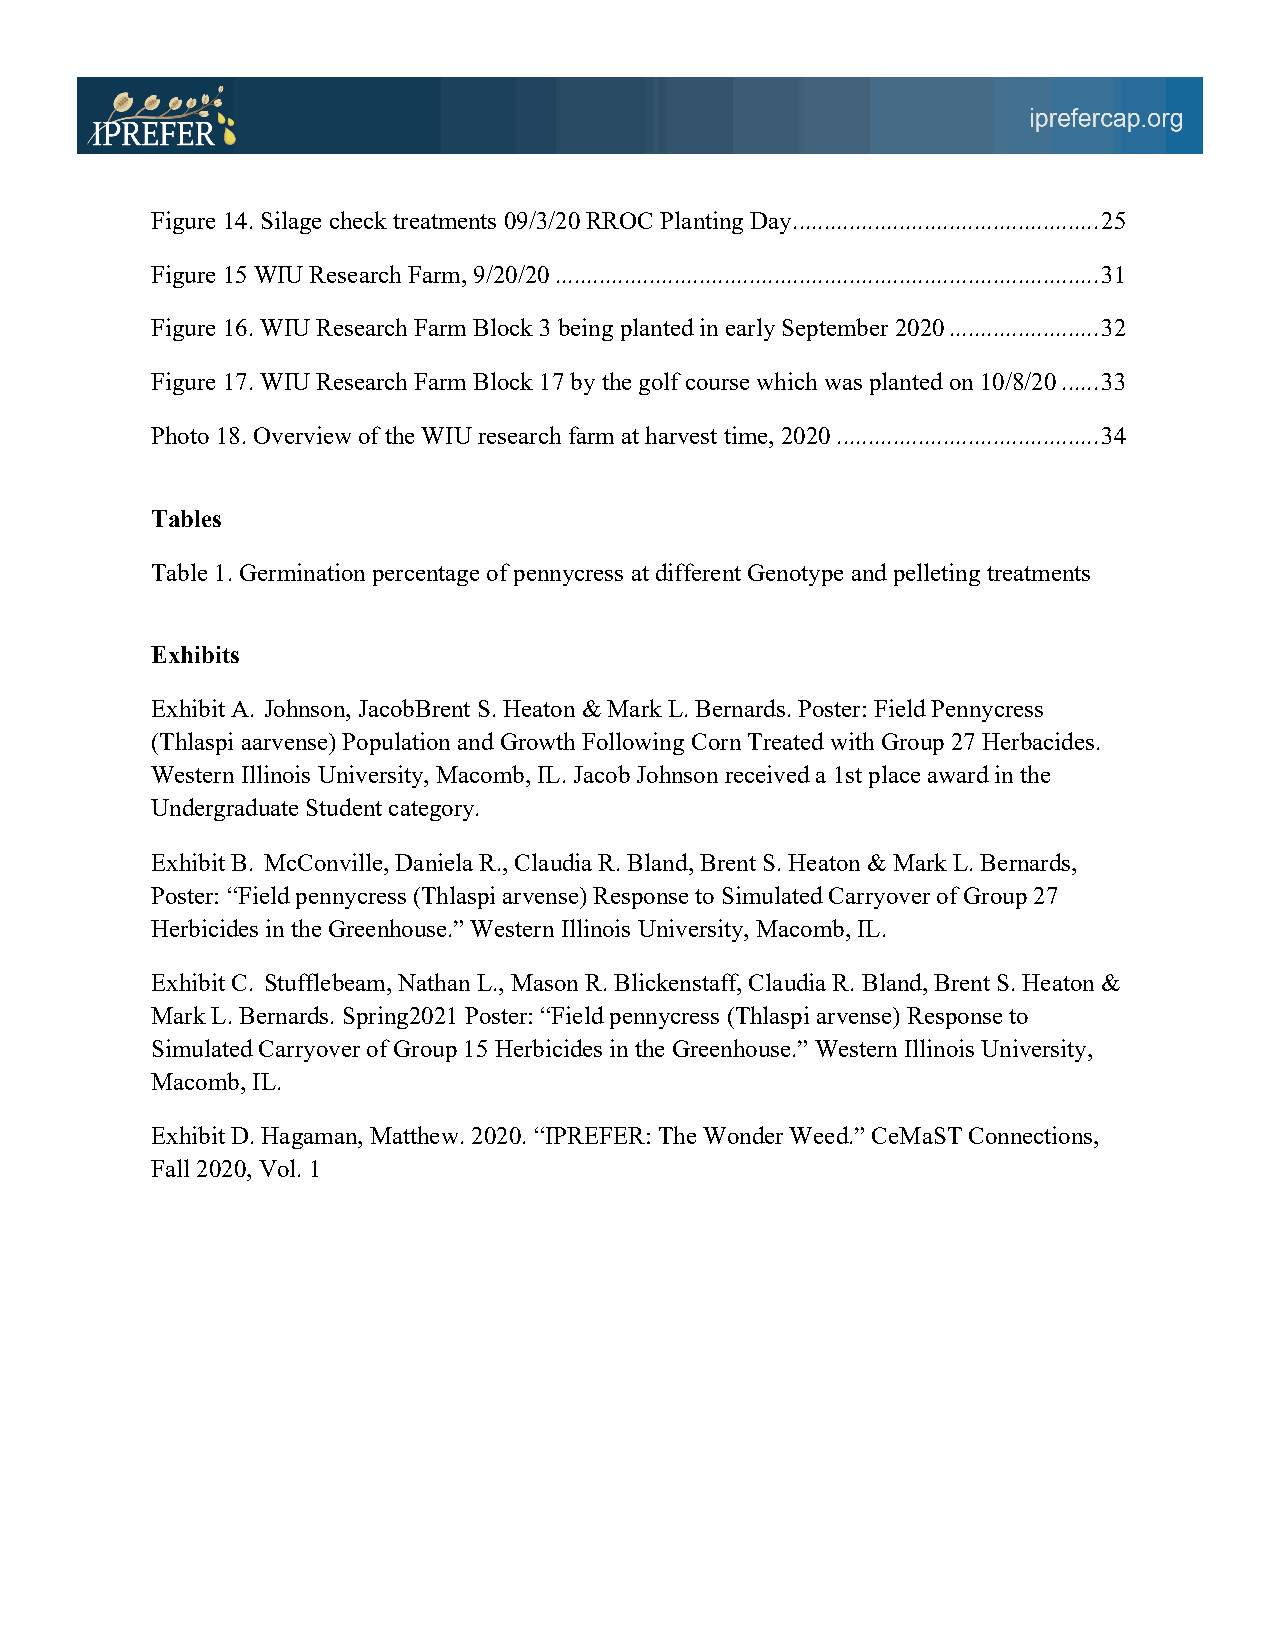
Figure 14. Silage check treatments 09/3/20 RROC Planting Day ................................................. 25
 Figure 15 WIU Research Farm, 9/20/20 ....................................................................................... 31
 Figure 16. WIU Research Farm Block 3 being planted in early September 2020 ........................ 32
 Figure 17. WIU Research Farm Block 17 by the golf course which was planted on 10/8/20 ...... 33
 Photo 18. Overview of the WIU research farm at harvest time, 2020 .......................................... 34
 Tables
 Table 1. Germination percentage of pennycress at different Genotype and pelleting treatments
 Exhibits
 Exhibit A. Johnson, JacobBrent S. Heaton & Mark L. Bernards. Poster: Field Pennycress
 (Thlaspi aarvense) Population and Growth Following Corn Treated with Group 27 Herbacides.
 Western Illinois University, Macomb, IL. Jacob Johnson received a 1st place award in the
 Undergraduate Student category.
 Exhibit B. McConville, Daniela R., Claudia R. Bland, Brent S. Heaton & Mark L. Bernards,
 Poster: “Field pennycress (Thlaspi arvense) Response to Simulated Carryover of Group 27
 Herbicides in the Greenhouse.” Western Illinois University, Macomb, IL.
 Exhibit C. Stufflebeam, Nathan L., Mason R. Blickenstaff, Claudia R. Bland, Brent S. Heaton &
 Mark L. Bernards. Spring2021 Poster: “Field pennycress (Thlaspi arvense) Response to
 Simulated Carryover of Group 15 Herbicides in the Greenhouse.” Western Illinois University,
 Macomb, IL.
 Exhibit D. Hagaman, Matthew. 2020. “IPREFER: The Wonder Weed.” CeMaST Connections,
 Fall 2020, Vol. 1